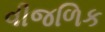
વીજળિક